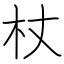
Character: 杖